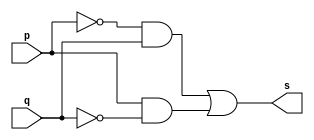
// Exercicio 06 - XOR
// Nome: Victor Raphael Machado de Amorim
// -------------------------

// -------------------------
// -- xor gate
// -------------------------
module xorgate (output s, input p, input q);
	assign s = (~p & q) | (p & ~q);
	
endmodule // xorgate

// -------------------------
// -- test xorgate
// -------------------------
module testxorgate;
// ------------------------- dados locais
	reg a, b; // definir registrador
				// (variavel independente)
	wire s; // definir conexao (fio)
				// (variavel dependente )
// ------------------------- instancia
	xorgate XOR1 (s, a, b);
// ------------------------- preparacao
	initial begin:start
					// atribuicao simultanea
					// dos valores iniciais
	 a=0; b=0;
	end
// ------------------------- parte principal
 initial begin:main
		// execucao unitaria
	$display("Exercicio 02 - Victor Raphael Machado de Amorim - 420147");
	$display("Test XOR gate:");
	$display("\na XOR b = s\n");
	$monitor("%b XOR %b = %b", a, b, s);

 #1 a=1;
 #1 a=0; b=1;
 #1 a=1; b=1;
 end
 
endmodule // testxorgate